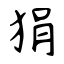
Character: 狷